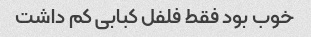
خوب بود فقط فلفل کبابی کم داشت